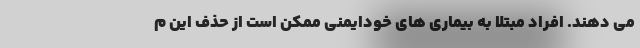
می دهند. افراد مبتلا به بیماری های خودایمنی ممکن است از حذف این م